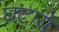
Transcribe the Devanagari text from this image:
घटायें